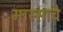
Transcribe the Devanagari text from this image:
मास्साचे